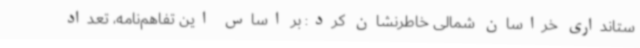
ستانداری خراسان شمالی خاطرنشان کرد: بر اساس این تفاهم‌نامه، تعداد